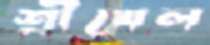
শ্রীখেল